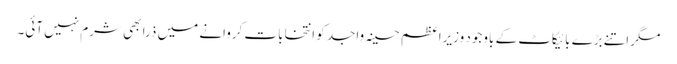
مگر اتنے بڑے بائیکاٹ کے باوجود وزیراعظم حسینہ واجد کو انتخابات کروانے میں ذرا بھی شرم نہیں آئی۔